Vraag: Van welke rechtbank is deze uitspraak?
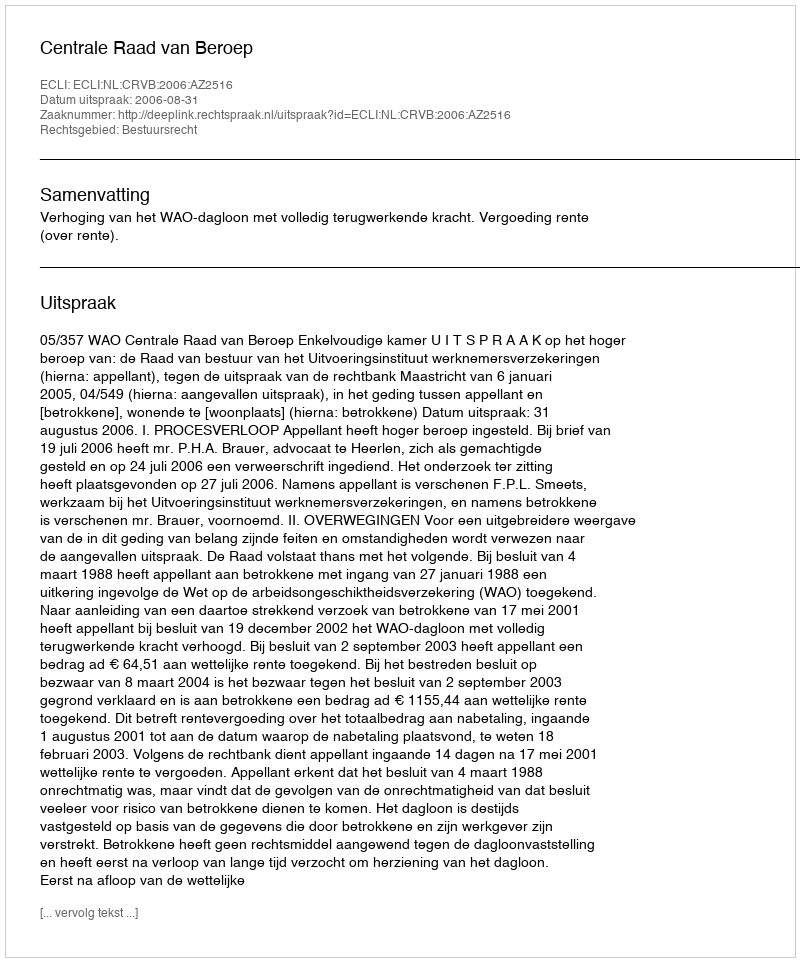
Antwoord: Centrale Raad van Beroep